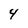
Character: 4